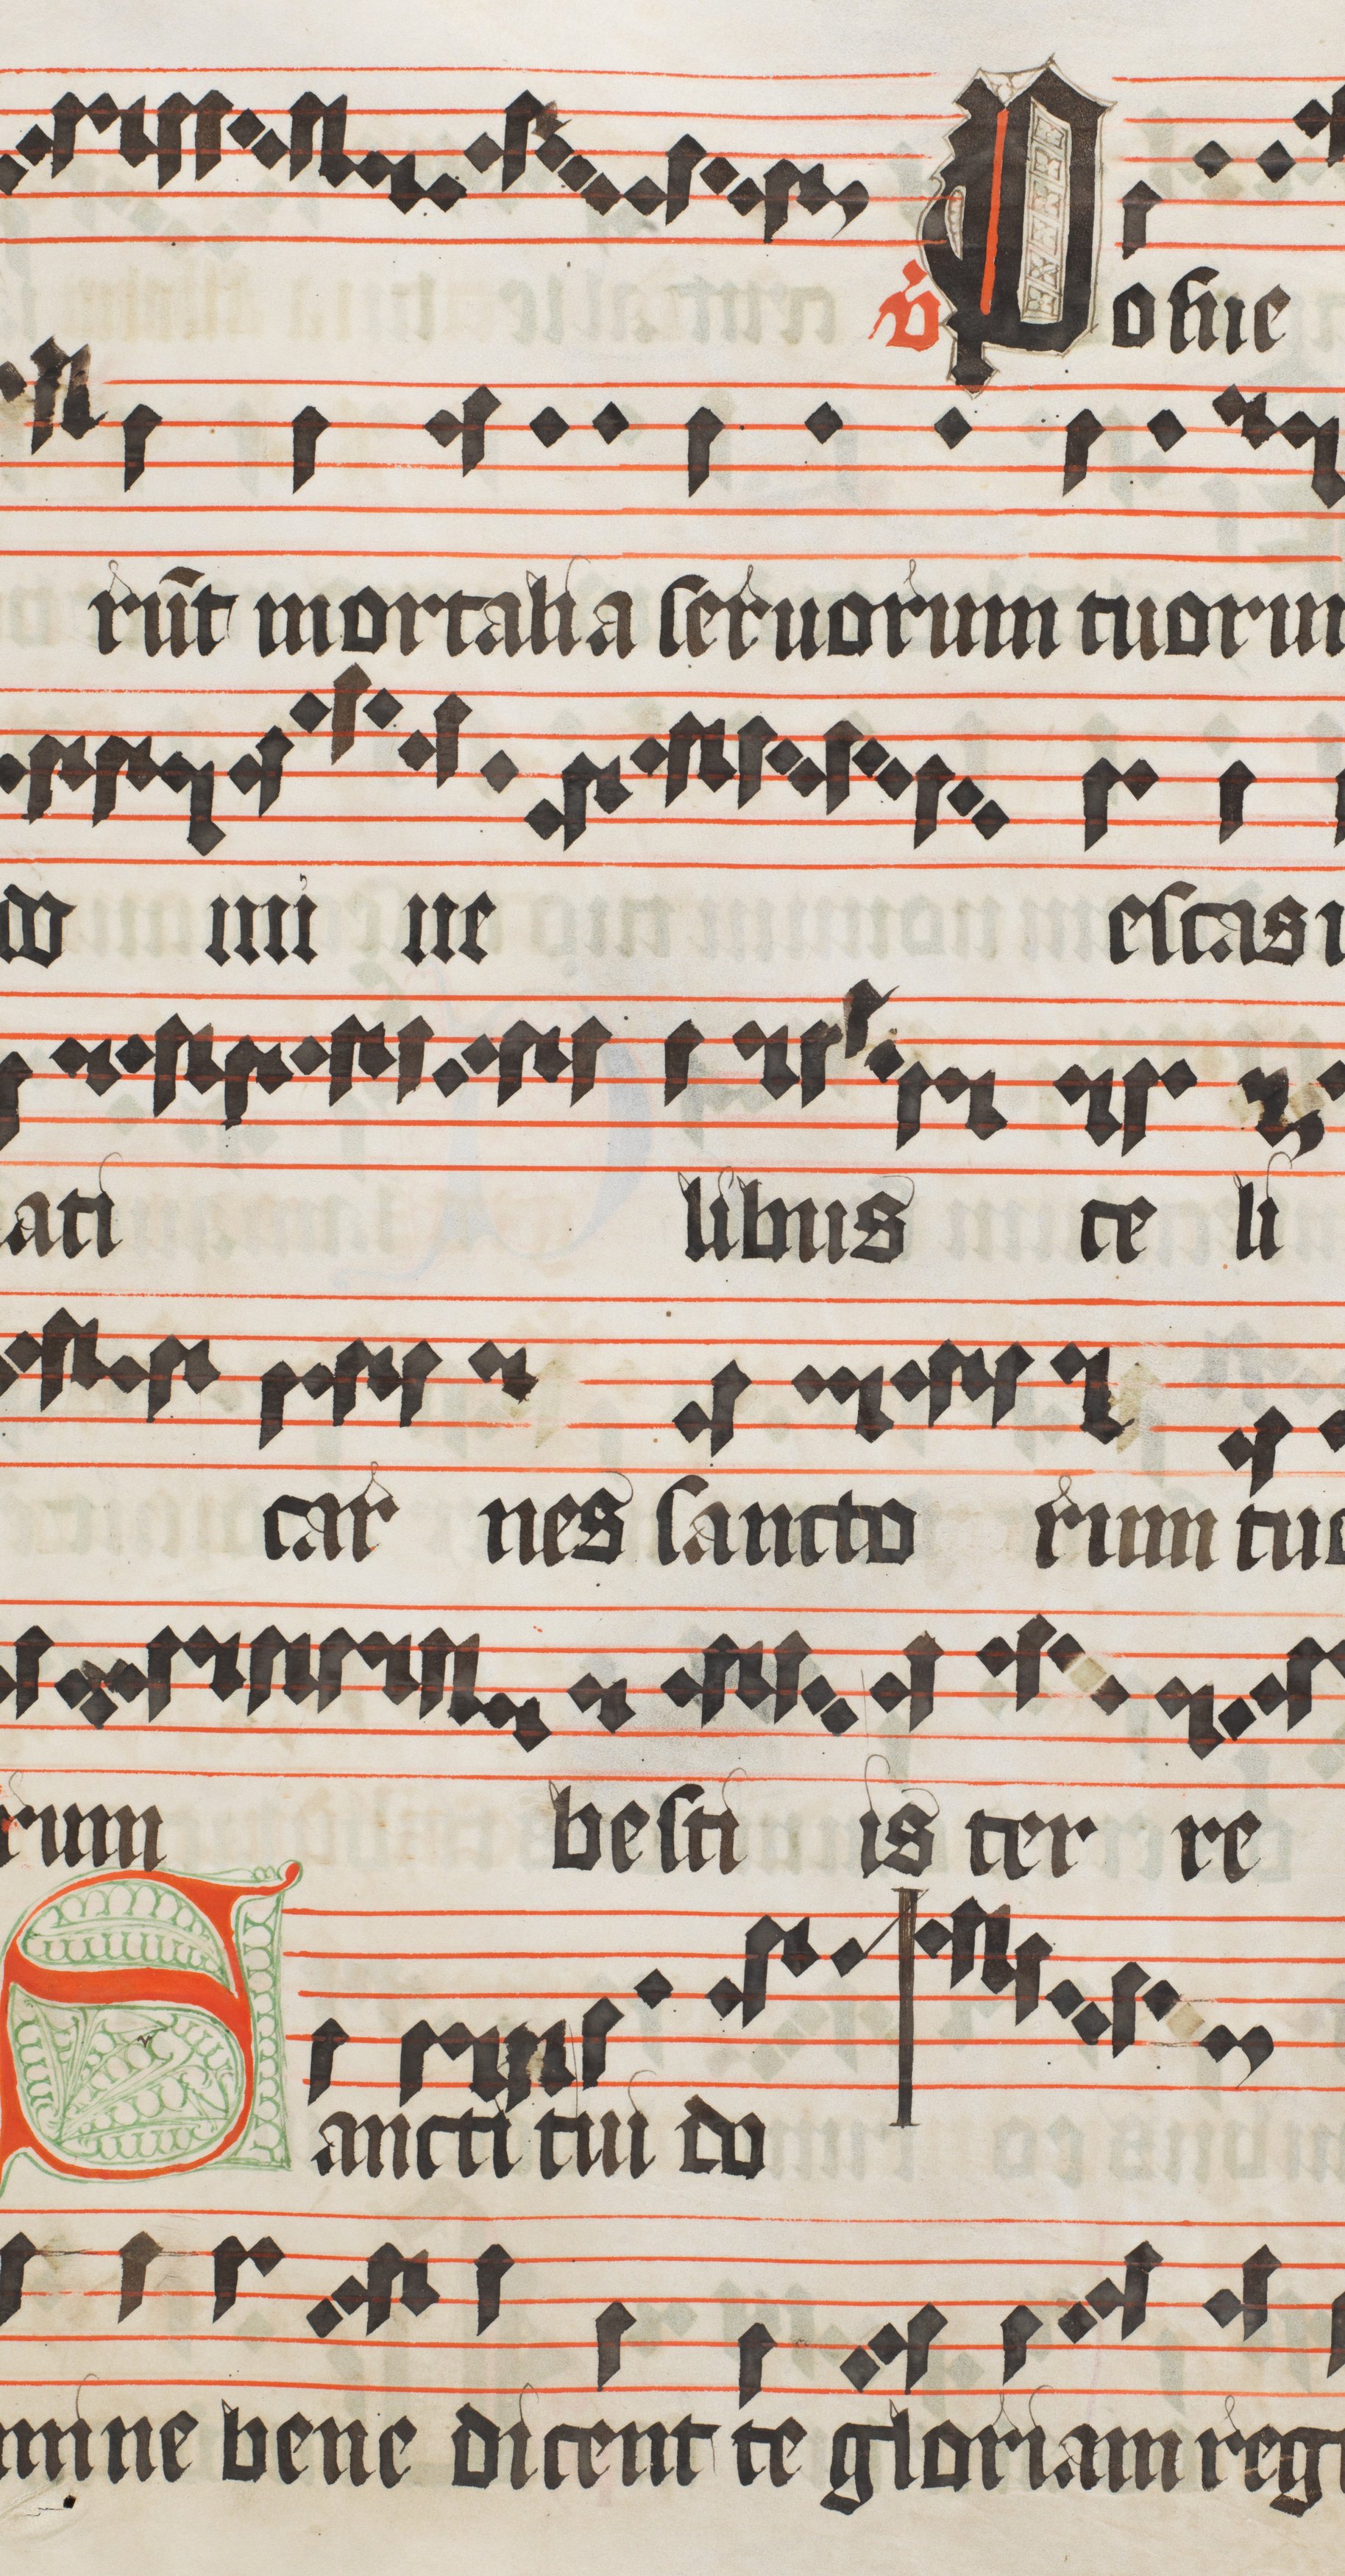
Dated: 1473–1473